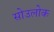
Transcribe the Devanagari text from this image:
सोउलोक